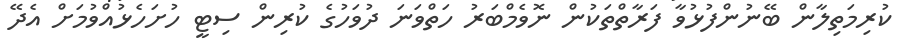
ކުރިމަތިލާން ބޭނުންފުޅުވާ ފަރާތްތަކުން ނޮވެމްބަރު ހަތްވަނަ ދުވަހުގެ ކުރިން ސިޓީ ހުށަހެޅުއްވުމަށް އެދޭ